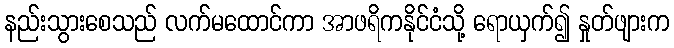
နည်းသွားစေသည် လက်မထောင်ကာ အာဖရိကနိုင်ငံသို့ ရောယှက်၍ နှုတ်ဖျားက